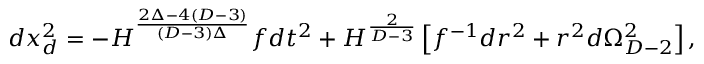
d x _ { d } ^ { 2 } = - H ^ { \frac { 2 \Delta - 4 ( D - 3 ) } { ( D - 3 ) \Delta } } f d t ^ { 2 } + H ^ { \frac { 2 } { D - 3 } } \left[ f ^ { - 1 } d r ^ { 2 } + r ^ { 2 } d \Omega _ { D - 2 } ^ { 2 } \right] ,